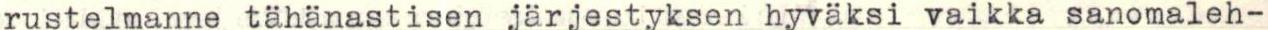
rustelmanne tähänastisen järjestyksen hyväksi vaikka sanomaleh-